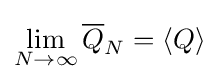
\lim _{N\rightarrow \infty }{\overline {Q}}_{N}=\langle Q\rangle